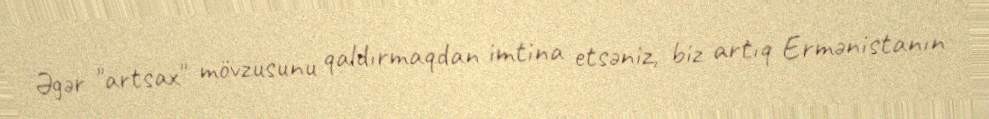
Əgər "artsax" mövzusunu qaldırmaqdan imtina etsəniz, biz artıq Ermənistanın